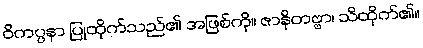
ဝိကပ္ပနာ ပြုထိုက်သည်၏ အဖြစ်ကို။ ဇာနိတဗ္ဗာ၊ သိထိုက်၏။